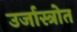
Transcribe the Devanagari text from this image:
उर्जास्त्रोत